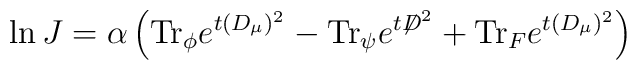
\ln J =  \alpha \left( \mbox{Tr}_{\phi} e^{t (D_\mu)^{2}}                - \mbox{Tr}_{\psi} e^{t {\not D}^{2}}                + \mbox{Tr}_{F} e^{t (D_\mu)^2} \right)